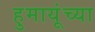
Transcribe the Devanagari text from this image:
हुमायूंच्या